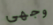
وجهى